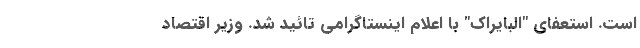
است. استعفای "البایراک" با اعلام اینستاگرامی تائید شد. وزیر اقتصاد